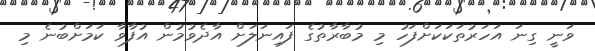
ވަނީ ގިނަ އަހަރުތަކަކަށްފަހު މި މުބާރާތުގެ ފައިނަލަށް އާދެވުމުން އުފާވާ ކަމަށްބުނެ މި